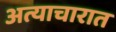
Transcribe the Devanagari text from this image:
अत्याचारात